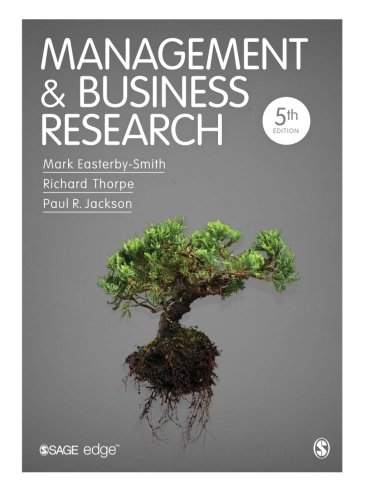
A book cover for Management and Business Research; Mark Easterby-Smith; Business & Money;